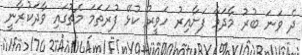
ދެ ވަނަ ބުރު މާދަމާ ފަށާއިރު ހަވީރު ކުޅޭ ފުރަތަމަ މެޗުގައި ވާދަކުރާނީ